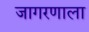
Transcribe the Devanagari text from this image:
जागरणाला